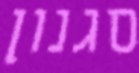
סגנון